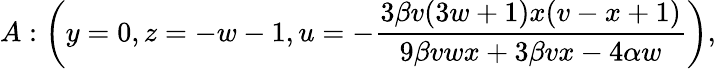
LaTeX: A:\left(y=0,z=-w-1,u=-\frac{3\beta v(3w+1)x(v-x+1)}{9\beta vwx+3\beta vx-4\alpha w}\right),